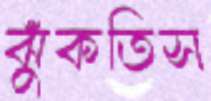
ঝুঁকতিস